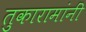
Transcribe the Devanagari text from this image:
तुकारामांनीं